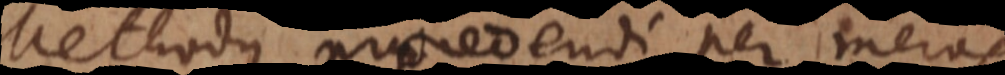
Methodus procedendi per meras